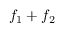
f _ { 1 } + f _ { 2 }